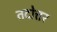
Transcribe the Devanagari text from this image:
तदोत्तर